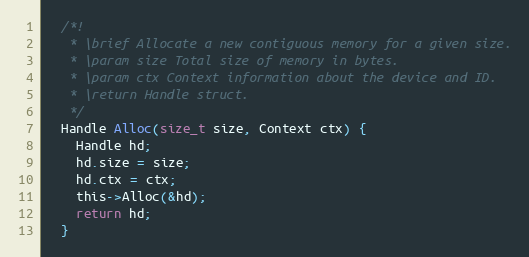
Language: C
  /*!
   * \brief Allocate a new contiguous memory for a given size.
   * \param size Total size of memory in bytes.
   * \param ctx Context information about the device and ID.
   * \return Handle struct.
   */
  Handle Alloc(size_t size, Context ctx) {
    Handle hd;
    hd.size = size;
    hd.ctx = ctx;
    this->Alloc(&hd);
    return hd;
  }